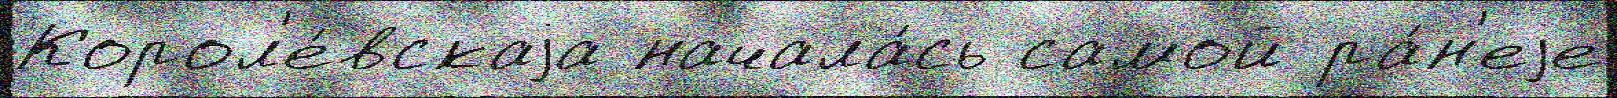
Корол'е́вскаjа начала́сь самой ра́н'еjе